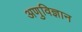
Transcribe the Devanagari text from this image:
अणुविज्ञान